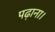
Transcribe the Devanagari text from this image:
पढ़ाना।